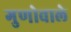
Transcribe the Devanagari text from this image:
गुणोवाले